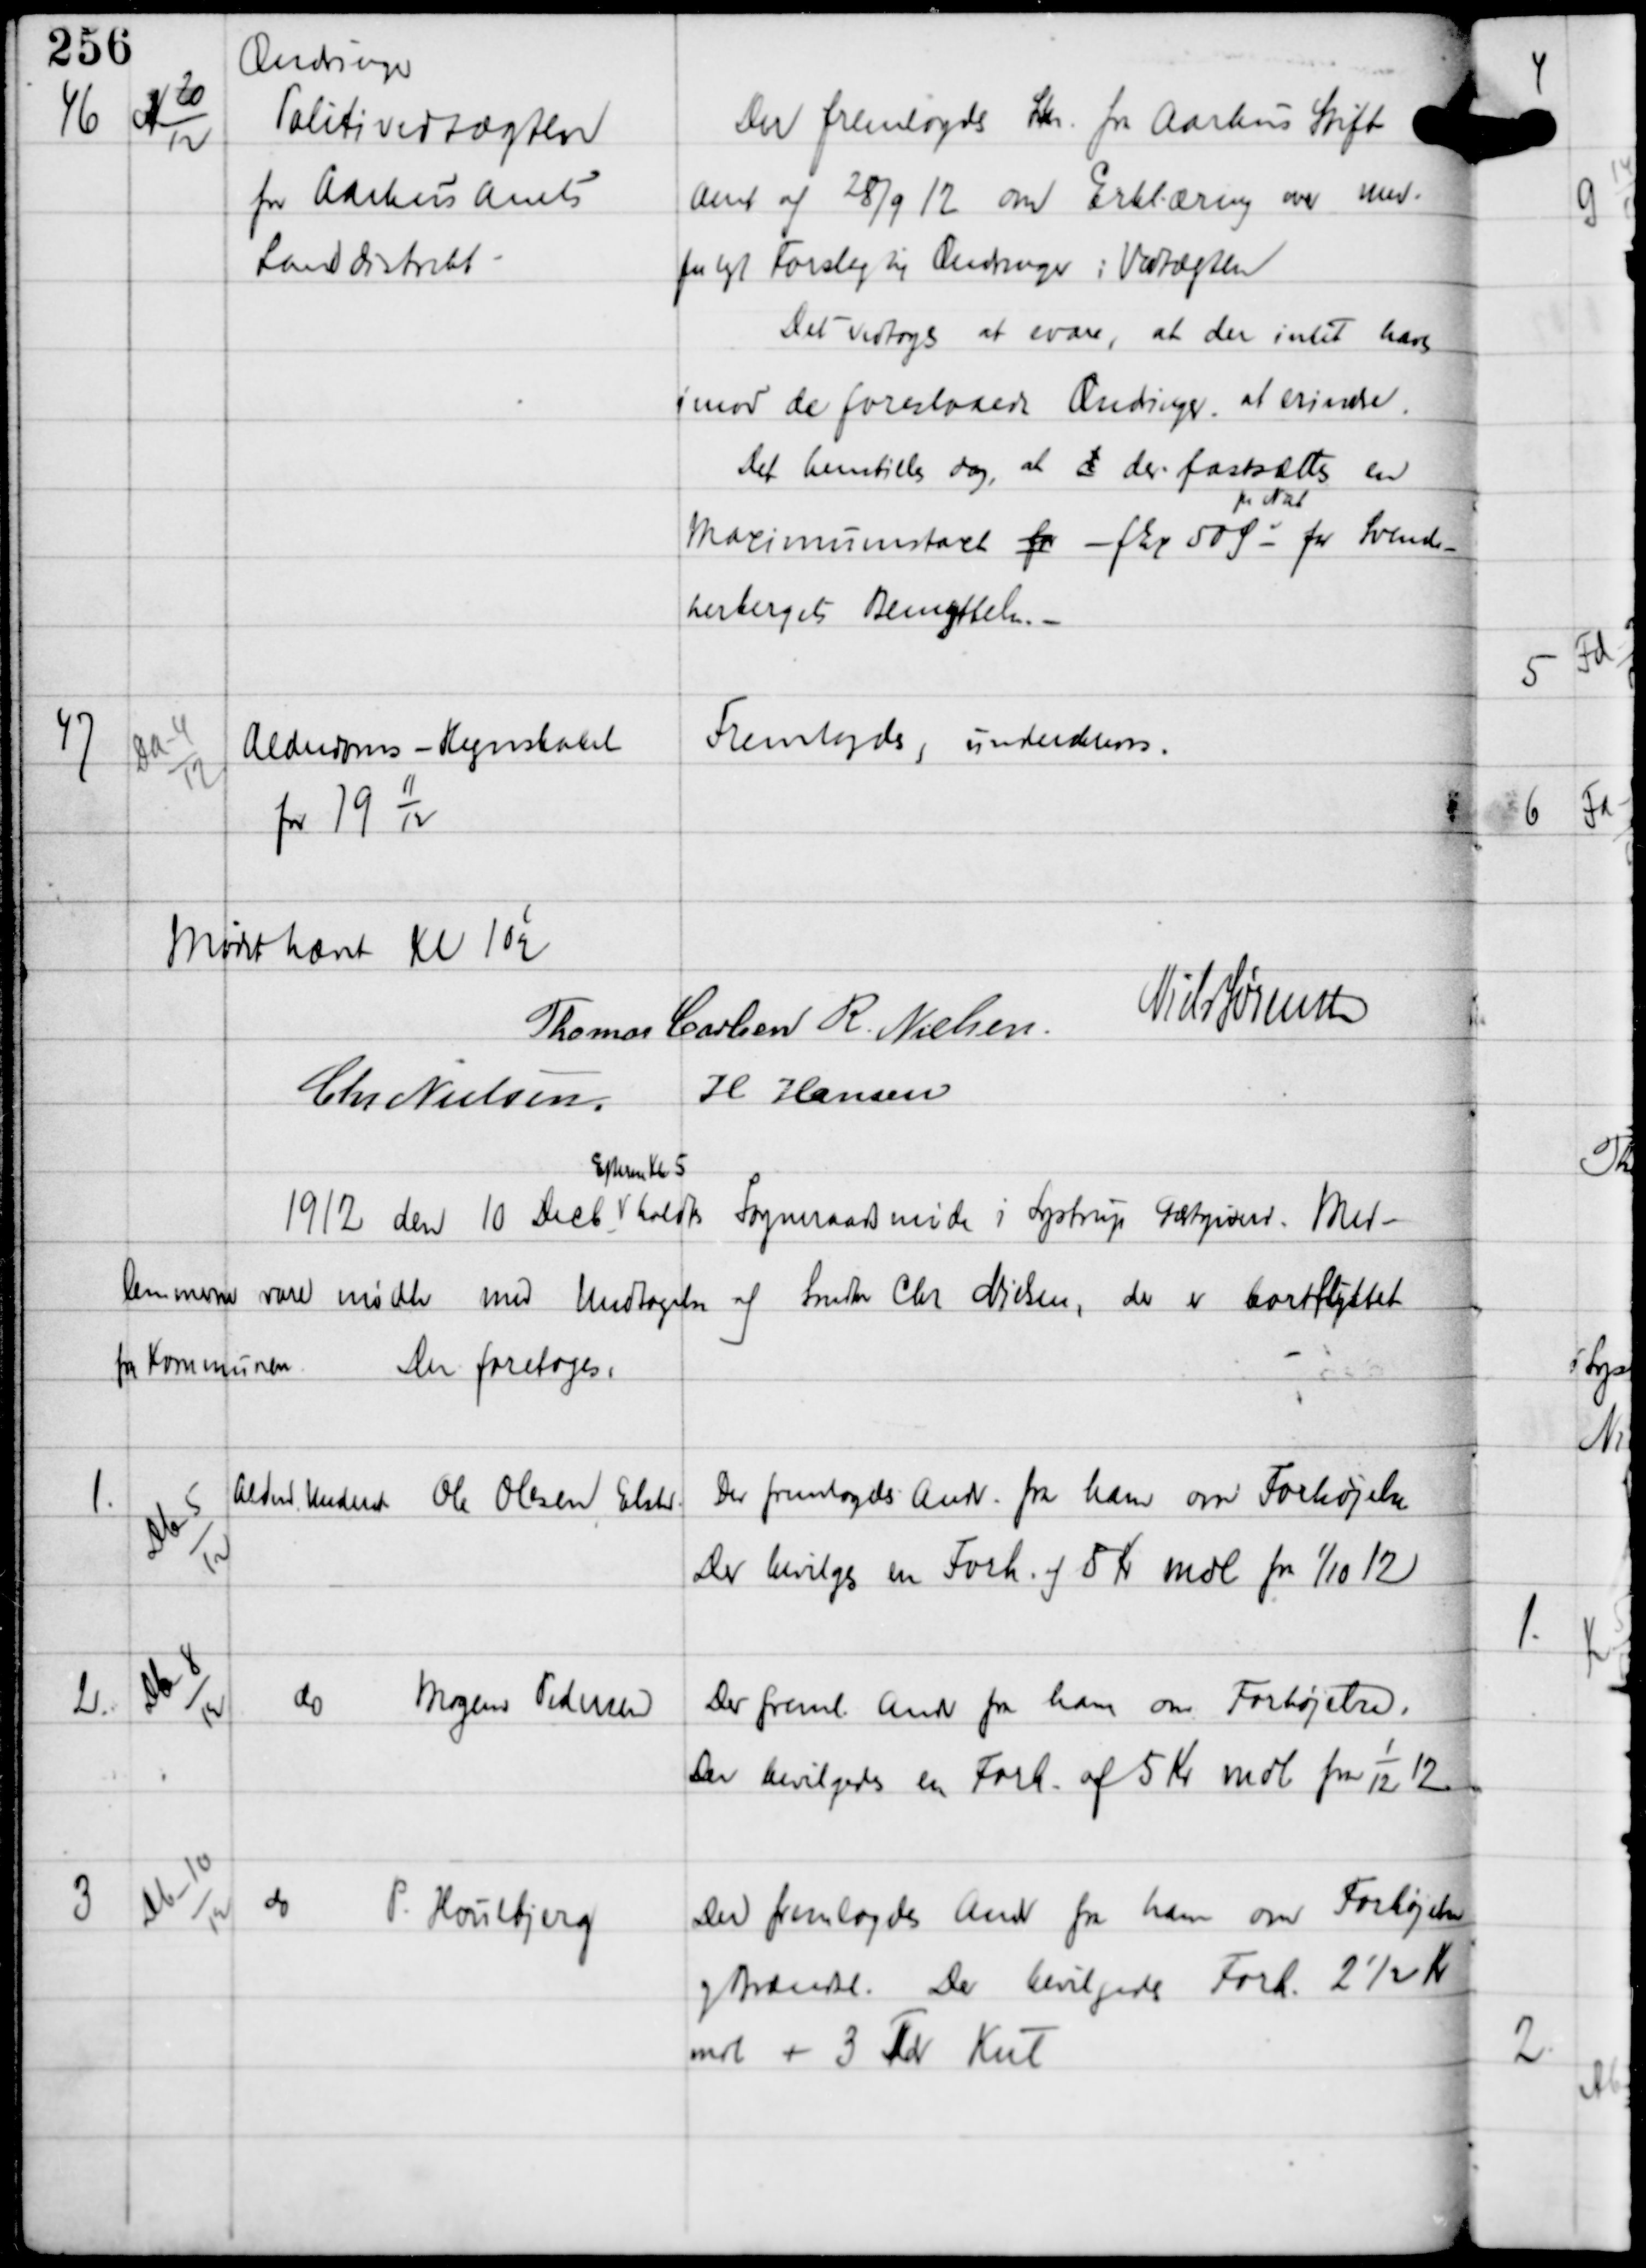
Transskription:
46

N 20
12

Ændringer
Politivedtægten
for Aarhus Amts
Landdistrikt

Der fremlagdes Skr fra Aarhus Stift
amt af 28/9 12 om Erklæring over med-
fulgt Forslag til Ændringer i Vedtægten
Det vedtoges at svare, at der intet haves
imod de foreslaaede Ændringer at erindre.
Det henstilles dog, at d der fastsættes en
Maximumstaxt for - fEx 50 Ø -
pr Nat
for Svende-
herbergets Benyttelse. -

47

Da-4
12

Alderdoms - Regnskabet
for 19
11
12

Fremlagdes, underskrevedes.

Mødet hævet Kl 10½
Thomas Carlsen R. Nielsen.
Niels Sørensen
Chr Nielsen, H Hansen

1912 den 10 Decb
Efterm Kl 5
holdtes Sogneraadsmøde i Lystrup Gæstgiveri. Med-
lemmerne vare mødte med Undtagelse af Snedker Chr Nielsen, der er bortflyttet
fra Kommunen.
Der foretoges:

1.

Db-5
12

Alderd Underst Ole Olesen, Elsted

Der fremlagdes Andr. fra ham om Forhøjelse
Der bevilges en Forh af 5 Kr mdl fra 1/10 12

2.

Db-8
12

do
Mogens Pedersen

Der freml Andr fra ham om Forhøjelse.
Der bevilgedes en Forh af 5 Kr mdl fra
1
12
12

3

Db-10
12

do
P. Houlbjerg

Der fremlagdes Andr fra ham om Forhøjelse
og Brændsel. Der bevilgedes Forh 2½ Kr
mdl + 3 Tdr Kul